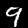
Label: 9